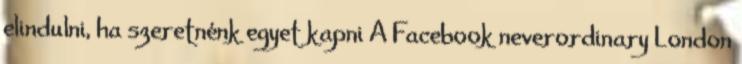
elindulni, ha szeretnénk egyet kapni A Facebook neverordinary London